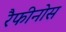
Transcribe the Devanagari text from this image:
रैफीनोस